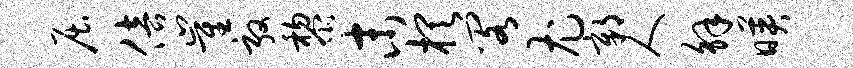
屈倍崔敦黎末棋阁尤鄣人解映